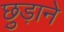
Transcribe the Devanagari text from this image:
छु़ड़ाने